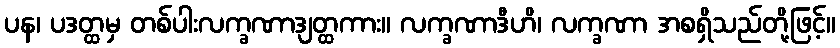
ပန၊ ပဒတ္ထမှ တစ်ပါးလက္ခဏာဒျတ္ထကား။ လက္ခဏာဒီဟိ၊ လက္ခဏာ အစရှိသည်တို့ဖြင့်။